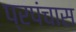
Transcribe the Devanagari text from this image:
प्रपंचास